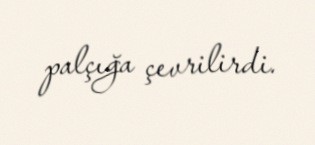
palçığa çevrilirdi.